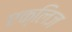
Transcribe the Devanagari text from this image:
एक्लिज